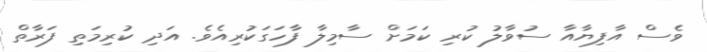
ވެސް އާފިޔާއާ ސުވާލު ކުރި ކަމަށް ސާމިލާ ފާހަގަކުރިއެވެ. އަދި ކުރިމަތި ފަރާތް